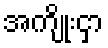
အကျိုးငှာ